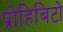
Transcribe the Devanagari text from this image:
प्रोहिबिटो